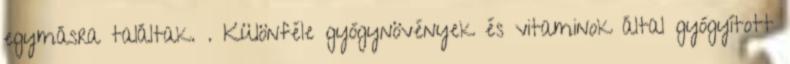
egymásra találtak. . Különféle gyógynövények és vitaminok által gyógyított